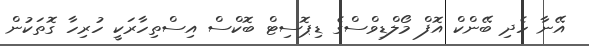
އޭނާ ހެދި ބޭންކް އޮފް މޯލްޑިވްސްގެ ޑިޕޮސިޓް ބޮކްސް އިސްތިހާރަކީ ހުރިހާ ގޮތަކުން